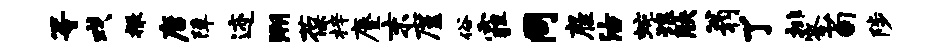
等戏撒唐障迹溯葆梓麈末廑俗霾同雇沽蜿琅觖翁了排答荀陟